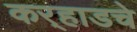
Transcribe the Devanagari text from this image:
कर्‍हाडचे